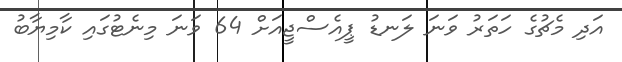
އަދި މެޗުގެ ހަތަރު ވަނަ ލަނޑު ޕީއެސްޖީއަށް 64 ވަނަ މިނެޓުގައި ކާމިޔާބު